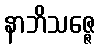
နာဘိသဇ္ဇေ